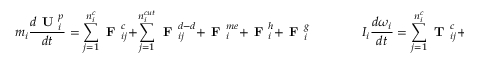
m _ { i } \frac { d \textbf { U } _ { i } ^ { p } } { d t } = \sum _ { j = 1 } ^ { n _ { i } ^ { c } } { \textbf { F } _ { i j } ^ { c } } + \sum _ { j = 1 } ^ { n _ { i } ^ { c u t } } \textbf { F } _ { i j } ^ { d - d } + \textbf { F } _ { i } ^ { m e } + \textbf { F } _ { i } ^ { h } + \textbf { F } _ { i } ^ { g } \qquad \qquad I _ { i } \frac { d \boldsymbol \omega _ { i } } { d t } = \sum _ { j = 1 } ^ { n _ { i } ^ { c } } { \textbf { T } _ { i j } ^ { c } } + \sum _ { j = 1 } ^ { n _ { i } ^ { c u t } } \textbf { T } _ { i j } ^ { d - d } + \textbf { T } _ { i } ^ { m e } + \textbf { T } _ { i } ^ { h }